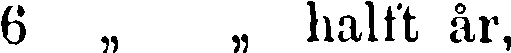
6 „ „ halft år,